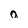
Character: a